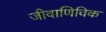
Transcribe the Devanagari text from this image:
जीवाणिविक